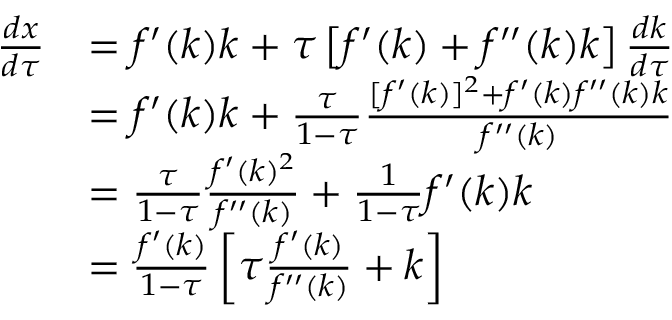
{ \begin{array} { r l } { { \frac { d x } { d \tau } } } & { = f ^ { \prime } ( k ) k + \tau \left[ f ^ { \prime } ( k ) + f ^ { \prime \prime } ( k ) k \right] { \frac { d k } { d \tau } } } \\ & { = f ^ { \prime } ( k ) k + { \frac { \tau } { 1 - \tau } } { \frac { [ f ^ { \prime } ( k ) ] ^ { 2 } + f ^ { \prime } ( k ) f ^ { \prime \prime } ( k ) k } { f ^ { \prime \prime } ( k ) } } } \\ & { = { \frac { \tau } { 1 - \tau } } { \frac { f ^ { \prime } ( k ) ^ { 2 } } { f ^ { \prime \prime } ( k ) } } + { \frac { 1 } { 1 - \tau } } f ^ { \prime } ( k ) k } \\ & { = { \frac { f ^ { \prime } ( k ) } { 1 - \tau } } \left[ \tau { \frac { f ^ { \prime } ( k ) } { f ^ { \prime \prime } ( k ) } } + k \right] } \end{array} }